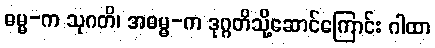
ဓမ္မ-က သုဂတိ၊ အဓမ္မ-က ဒုဂ္ဂတိသို့ဆောင်ကြောင်း ဂါထာ